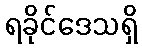
ရခိုင်ဒေသရှိ